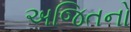
અજિતનો